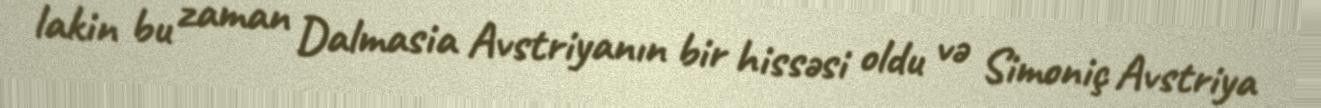
lakin bu zaman Dalmasia Avstriyanın bir hissəsi oldu və Simoniç Avstriya